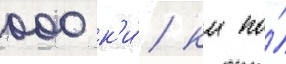
000 к'и́/ км по́